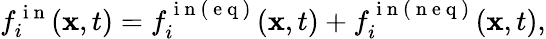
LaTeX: f_{i}^{\mathrm{~i~n~}}(\mathbf{x},t)=f_{i}^{\mathrm{~i~n~(~e~q~)~}}(\mathbf{x},t)+f_{i}^{\mathrm{~i~n~(~n~e~q~)~}}(\mathbf{x},t),